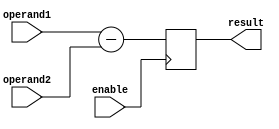
module subtractor (
    input wire [7:0] operand1,
    input wire [7:0] operand2,
    input wire enable,
    output reg [7:0] result
);

always @ (posedge enable) begin
    result <= operand1 - operand2;
end

endmodule